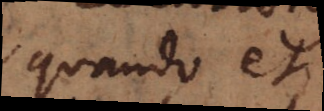
quando et